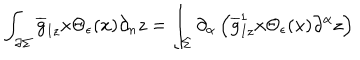
LaTeX: \int _ { \partial \Sigma } { \overline { { g } } } _ { I z } x \Theta _ { \epsilon } ( x ) \partial _ { n } z = \int _ { \Sigma } \partial _ { \alpha } \left( { \overline { { g } } } _ { I z } ^ { 1 } x \Theta _ { \epsilon } ( x ) \partial ^ { \alpha } z \right)